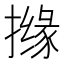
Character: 𱠸